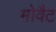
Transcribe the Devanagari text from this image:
मोवैट